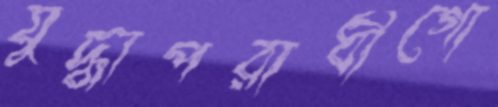
যুদ্ধাপরাধীগো